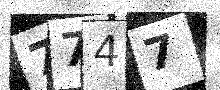
Text: 7747